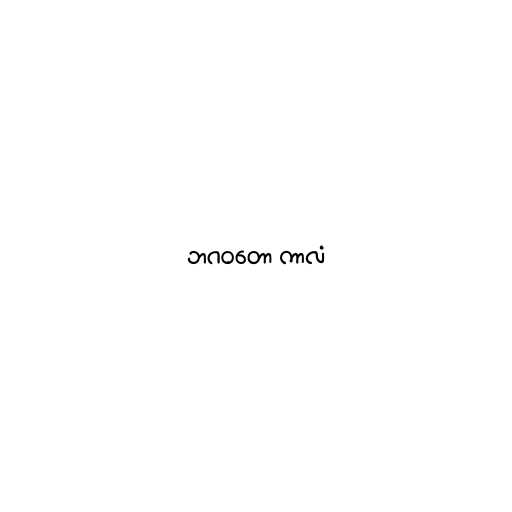
ဘဂဝတော ကာလံ